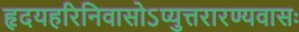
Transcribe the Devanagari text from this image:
हृदयहरिनिवासोऽप्युत्तरारण्यवासः